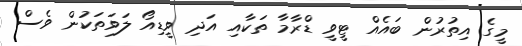
މީގެ އިތުރުން ބައެއް ޓީވީ ޑްރާމާ ތަކާއި އަދި ވީޑިއޯ ލަވަތަކުން ވެސް